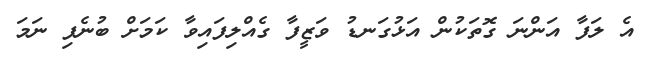
އެ ލަފާ އަންނަ ގޮތަކުން އަޅުގަނޑު ވަޒީފާ ގެއްލިފައިވާ ކަމަށް ބުނެފި ނަމަ